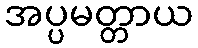
အပ္ပမတ္တာယ